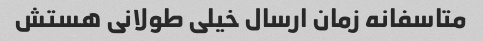
متاسفانه زمان ارسال خیلی طولانی هستش